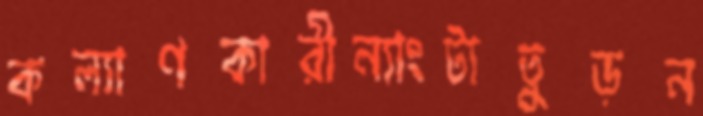
কল্যাণকারীন্যাংটাতুড়ন